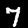
Label: 7